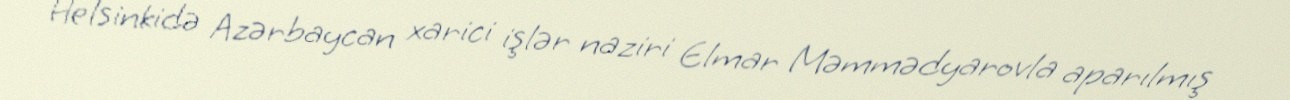
Helsinkidə Azərbaycan xarici işlər naziri Elmar Məmmədyarovla aparılmış